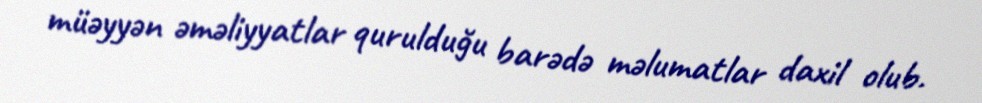
müəyyən əməliyyatlar qurulduğu barədə məlumatlar daxil olub.